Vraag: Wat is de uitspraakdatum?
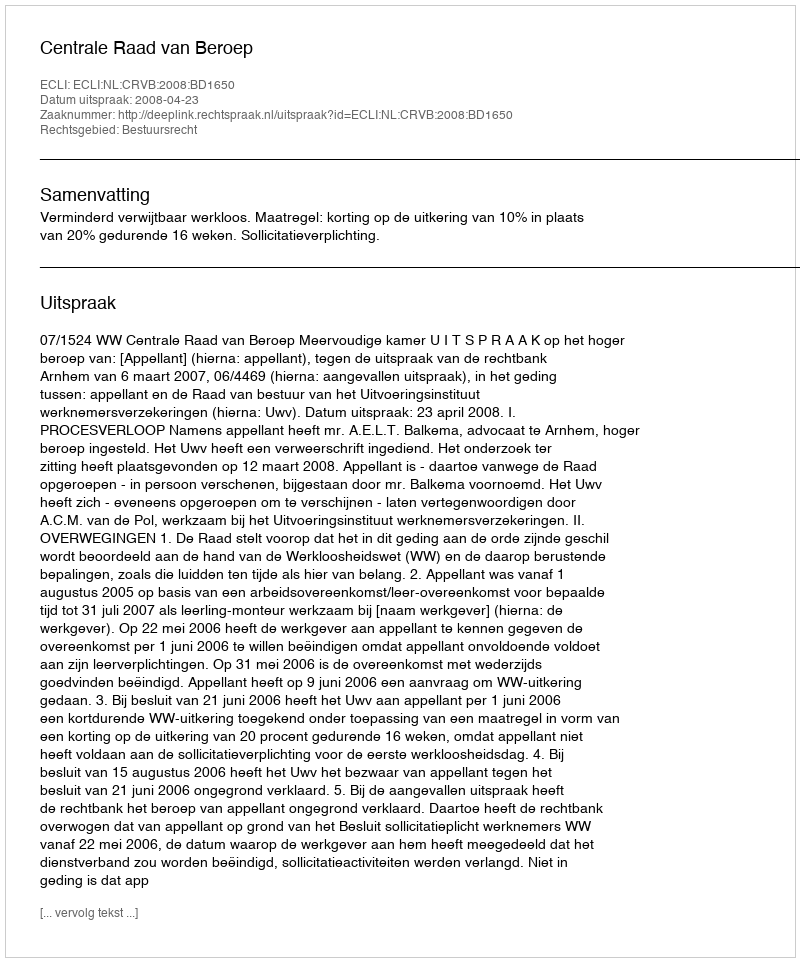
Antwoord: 2008-04-23